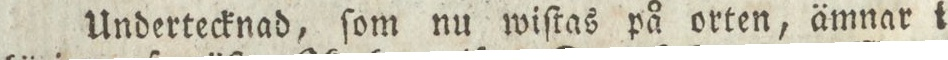
Undertecknad, ſom nu wiſtas på orten, ämnar i